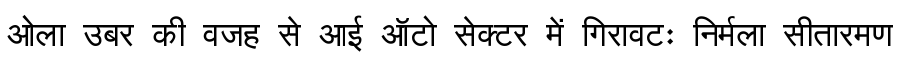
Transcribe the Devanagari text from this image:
ओला उबर की वजह से आई ऑटो सेक्टर में गिरावटः निर्मला सीतारमण